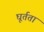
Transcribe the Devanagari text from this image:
घूर्तता